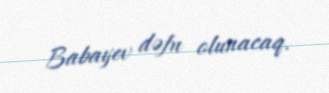
Babayev dəfn olunacaq.